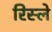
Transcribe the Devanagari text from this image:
रिस्ले